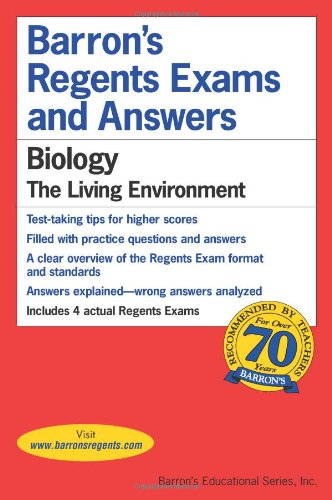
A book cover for Barron's Regents Exams and Answers: Biology; G. Scott Hunter; Test Preparation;